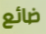
ضائع